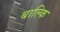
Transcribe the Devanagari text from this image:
बाल्कि